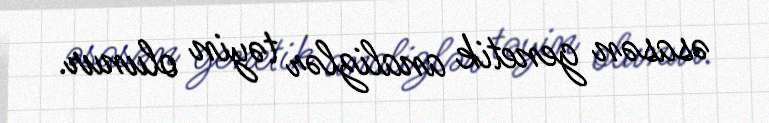
əsasən genetik analizlər təyin olunur.